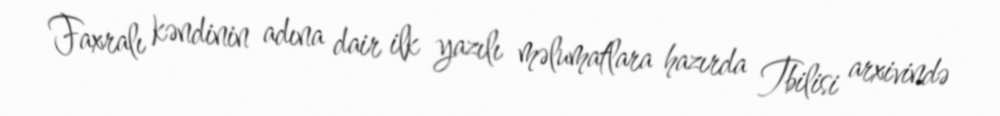
Faxralı kəndinin adına dair ilk yazılı məlumatlara hazırda Tbilisi arxivində